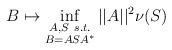
LaTeX: \begin{align*} B \mapsto \inf_{\substack{A, S \ s.t. \\ B = ASA^*}}||A||^2\nu(S)\end{align*}